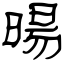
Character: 暘